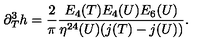
\partial _ { T } ^ { 3 } h = { \frac { 2 } { \pi } } { \frac { E _ { 4 } ( T ) E _ { 4 } ( U ) E _ { 6 } ( U ) } { \eta ^ { 2 4 } ( U ) ( j ( T ) - j ( U ) ) } } .